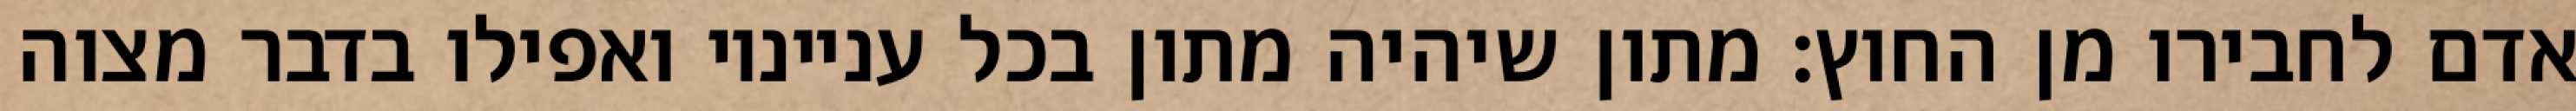
אדם לחבירו מן החוץ: מתון שיהיה מתון בכל ענייניו ואפילו בדבר מצוה